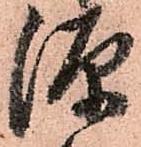
源